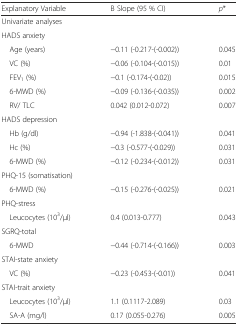
<table><thead><tr><td><b>Explanatory Variable</b></td><td><b>B Slope (95 % CI)</b></td><td><b><i>p</i>*</b></td></tr></thead><tbody><tr><td colspan="3">Univariate analyses</td></tr><tr><td>HADS anxiety</td><td></td><td></td></tr><tr><td> Age (years)</td><td>−0.11 (-0.217-(-0.002))</td><td>0.045</td></tr><tr><td> VC (%)</td><td>−0.06 (-0.104-(-0.015))</td><td>0.01</td></tr><tr><td> FEV<sub>1</sub> (%)</td><td>−0.1 (-0.174-(-0.02))</td><td>0.015</td></tr><tr><td> 6-MWD (%)</td><td>−0.09 (-0.136-(-0.035))</td><td>0.002</td></tr><tr><td> RV/ TLC</td><td>0.042 (0.012-0.072)</td><td>0.007</td></tr><tr><td colspan="3">HADS depression</td></tr><tr><td> Hb (g/dl)</td><td>−0.94 (-1.838-(-0.041))</td><td>0.041</td></tr><tr><td> Hc (%)</td><td>−0.3 (-0.577-(-0.029))</td><td>0.031</td></tr><tr><td> 6-MWD (%)</td><td>−0.12 (-0.234-(-0.012))</td><td>0.031</td></tr><tr><td colspan="3">PHQ-15 (somatisation)</td></tr><tr><td> 6-MWD (%)</td><td>−0.15 (-0.276-(-0.025))</td><td>0.021</td></tr><tr><td colspan="3">PHQ-stress</td></tr><tr><td> Leucocytes (10<sup>3</sup>/μl)</td><td>0.4 (0.013-0.777)</td><td>0.043</td></tr><tr><td colspan="3">SGRQ-total</td></tr><tr><td> 6-MWD</td><td>−0.44 (-0.714-(-0.166))</td><td>0.003</td></tr><tr><td colspan="3">STAI-state anxiety</td></tr><tr><td> VC (%)</td><td>−0.23 (-0.453-(-0.01))</td><td>0.041</td></tr><tr><td colspan="3">STAI-trait anxiety</td></tr><tr><td> Leucocytes (10<sup>3</sup>/μl)</td><td>1.1 (0.1117-2.089)</td><td>0.03</td></tr><tr><td> SA-A (mg/l)</td><td>0.17 (0.055-0.276)</td><td>0.005</td></tr></tbody></table>